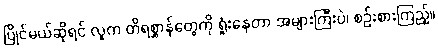
ပြိုင်မယ်ဆိုရင် လူက တိရစ္ဆာန်တွေကို ရှုံးနေတာ အများကြီးပဲ၊ စဉ်းစားကြည့်။